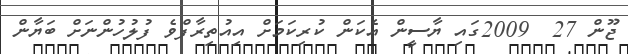
ޖޫން 27  2009ގައި ޔާސީން އެކަން ކުރިކަމަށް އިއުތިރާފްވެ ފުލުހުންނަށް ބަޔާން